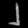
Digit: ၂